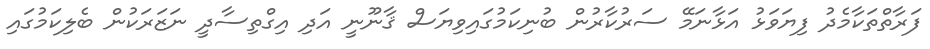
ފަރާތްތަކާމެދު ފިޔަވަޅު އަޅާނަމޭ ސަރުކާރުން ބުނިކަމުގައިވިޔަސް ޤާނޫނީ އަދި އިގްތިސާދީ ނަޒަރަކުން ބެލިކަމުގައި